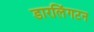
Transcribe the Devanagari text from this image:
डारलिंगटन